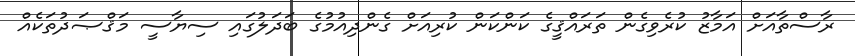
ރާސްތާއަށް އަމާޒު ކުރެވިގެން ތަރައްޤީގެ ކަންކަން ކުރިއަށް ގެންދިއުމުގެ ބަދަލުގައި ސިޔާސީ މަޤްޞަދުތަކެއް